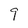
Character: 9